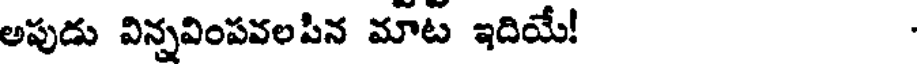
అపుడు విన్నవింపవలపిన మాట ఇదియే!